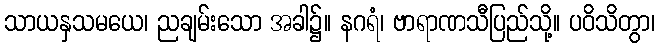
သာယနှသမယေ၊ ညချမ်းသော အခါ၌။ နဂရံ၊ ဗာရာဏသီပြည်သို့။ ပဝိသိတွာ၊